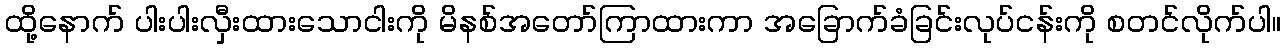
ထို့နောက် ပါးပါးလှီးထားသောငါးကို မိနစ်အတော်ကြာထားကာ အခြောက်ခံခြင်းလုပ်ငန်းကို စတင်လိုက်ပါ။